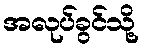
အလုပ်ခွင်သို့